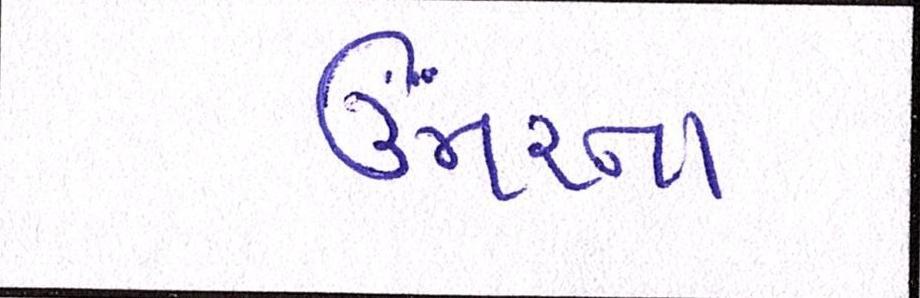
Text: ઉંમરના